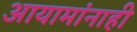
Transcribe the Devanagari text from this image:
आयामांनाही